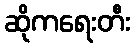
ဆိုကရေးတီး